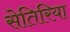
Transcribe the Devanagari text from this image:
सेतिरिया